65_HS1-834228961_62-HQ-83894_Section_7
Agency: FBI
Page 56
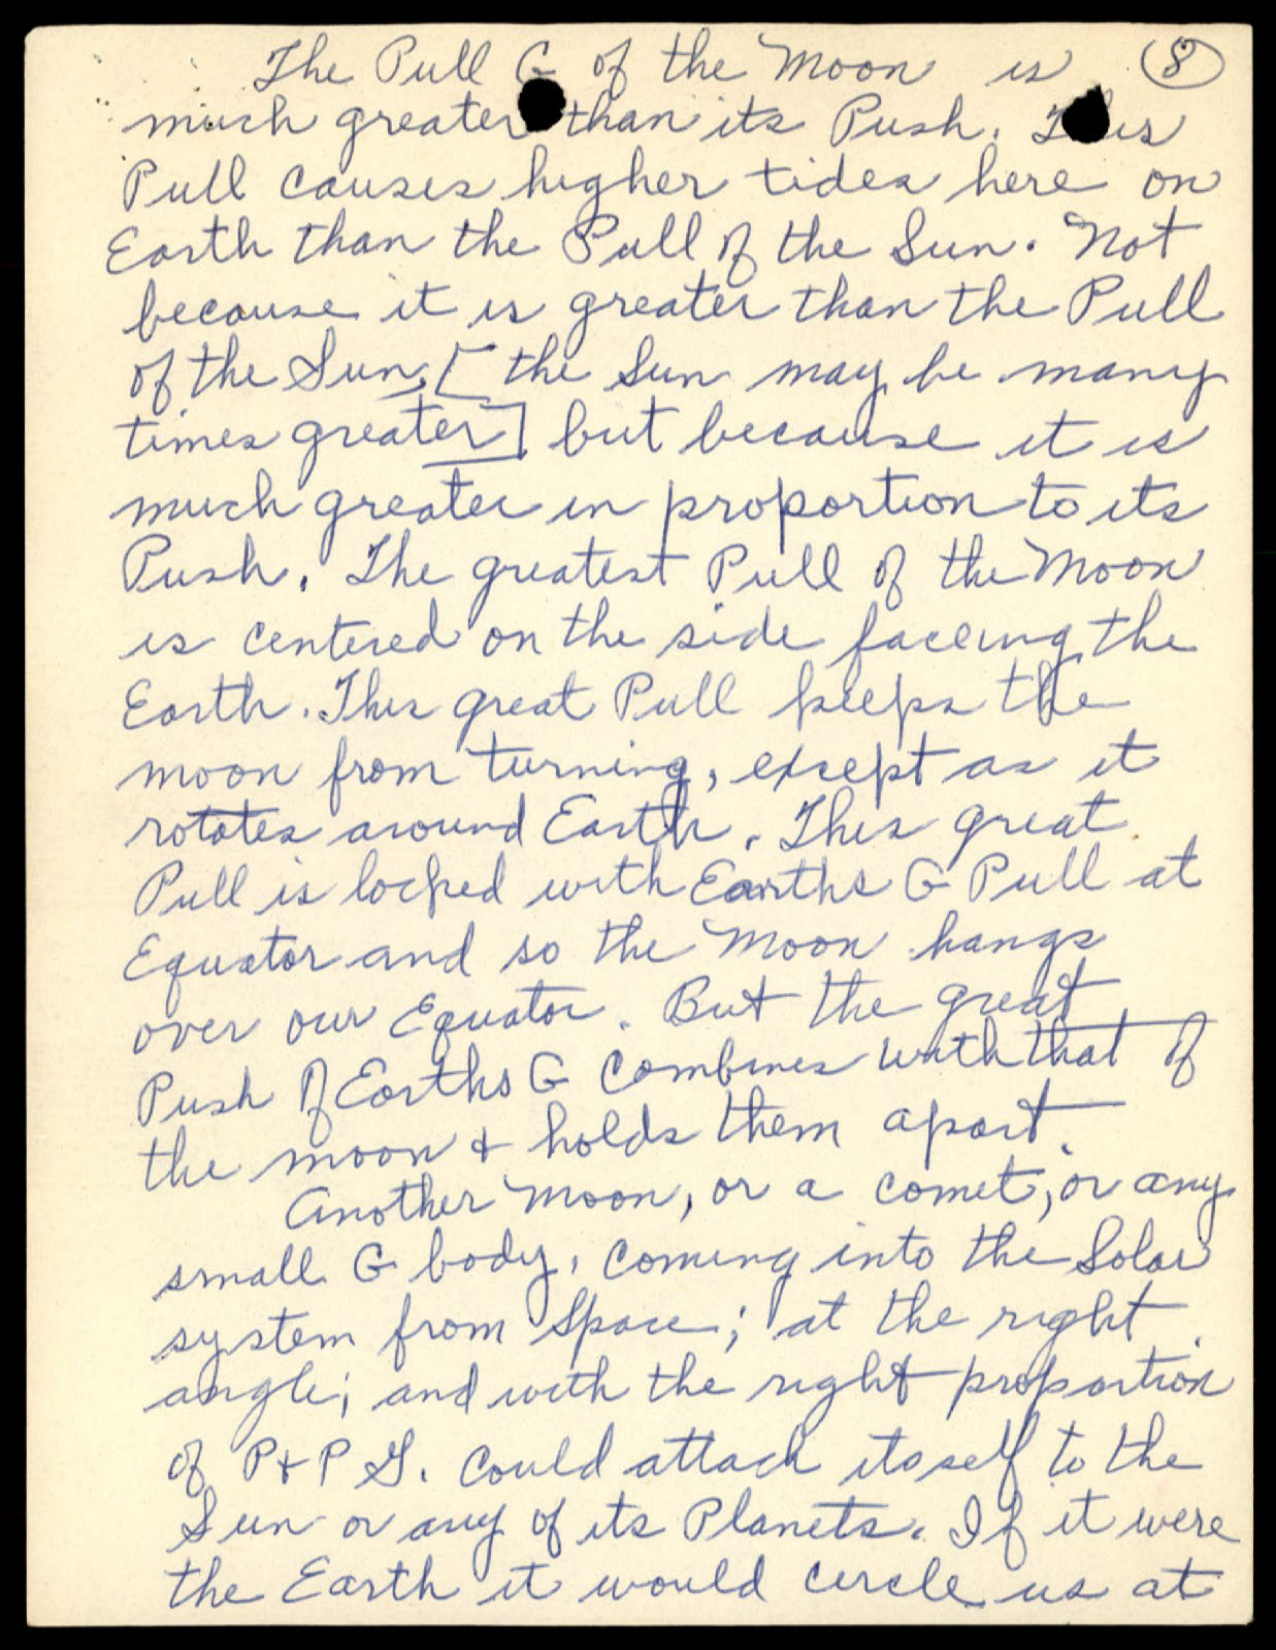